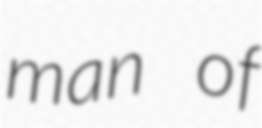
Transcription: man of